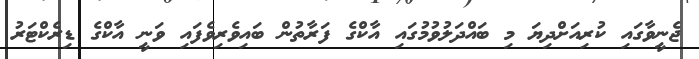
ޖެނީވާގައި ކުރިއަށްދިޔަ މި ބައްދަލުވުމުގައި އާކްގެ ފަރާތުން ބައިވެރިވެފައި ވަނީ އާކްގެ ޑިރެކްޓަރު